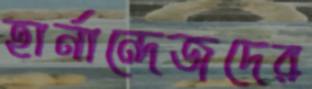
হার্নান্দেজদের